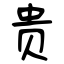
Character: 贵